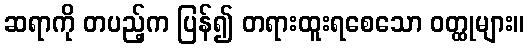
ဆရာကို တပည့်က ပြန်၍ တရားထူးရစေသော ဝတ္ထုများ။